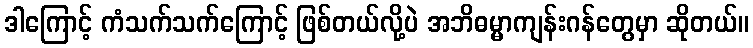
ဒါကြောင့် ကံသက်သက်ကြောင့် ဖြစ်တယ်လို့ပဲ အဘိဓမ္မာကျန်းဂန်တွေမှာ ဆိုတယ်။